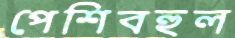
পেশিবহুল